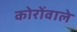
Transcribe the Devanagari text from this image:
कोरोंवाले